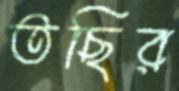
তছির